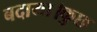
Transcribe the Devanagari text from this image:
बदाया।कुछ